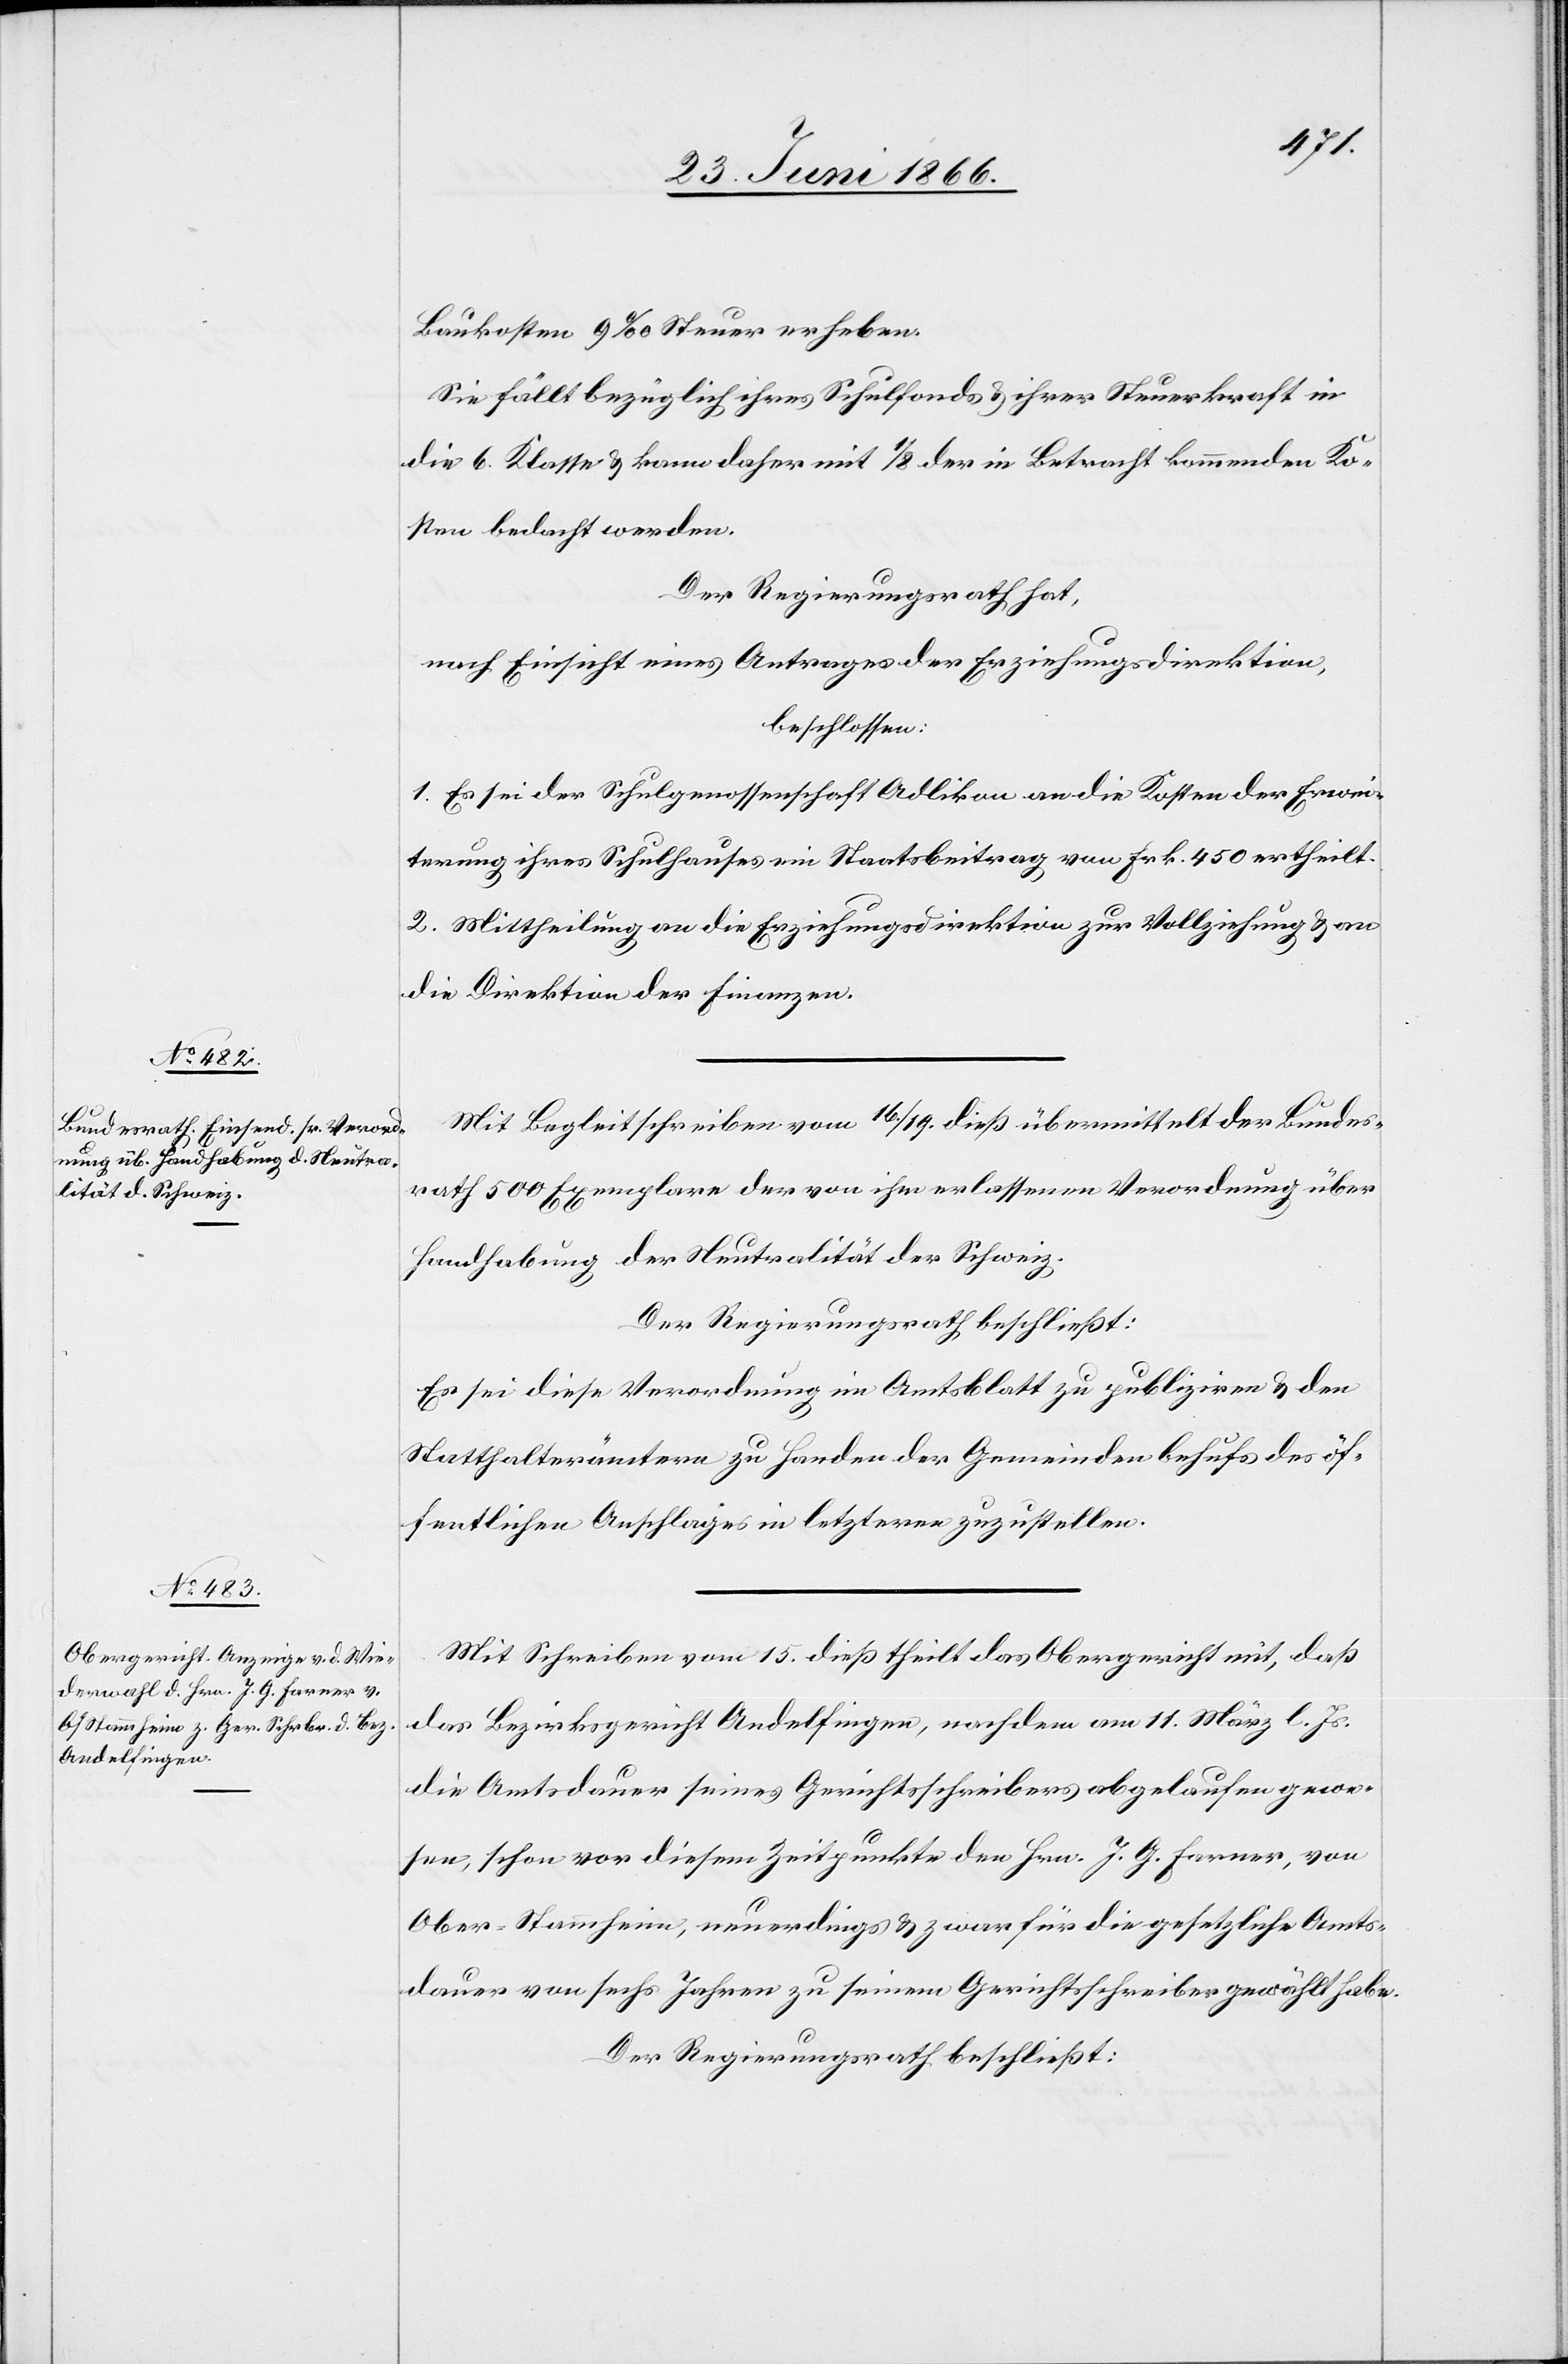
Baukosten 9 ‰ Steuer erheben.
Sie fällt bezüglich ihres Schulfonds u. ihrer Steuerkraft in
die 6. Klasse u. kann daher mit 1/8 der in Betracht kommenden Ko¬
sten bedacht werden.
Der Regierungsrath hat,
nach Einsicht eines Antrages der Erziehungsdirektion,
beschlossen:
1. Es sei der Schulgenossenschaft Adlikon an die Kosten der Erwei¬
terung ihres Schulhauses ein Staatsbeitrag von Frk. 450 ertheilt.
2. Mittheilung an die Erziehungsdirektion zur Vollziehung u. an
die Direktion der Finanzen.
Mit Begleitschreiben vom 16./19. dieß übermittelt der Bundes¬
rath 500 Exemplare der von ihm erlassenen Verordnung über
Handhabung der Neutralität der Schweiz.
Der Regierungsrath beschließt:
Es sei diese Verordnung im Amtsblatt zu publizieren u. den
Statthalterämtern zu Handen der Gemeinden behufs des öf¬
fentlichen Anschlages in letztern zuzustellen.
Mit Schreiben vom 15. dieß theilt das Obergericht mit, daß
das Bezirksgericht Andelfingen, nachdem am 11. März l. Js.
die Amtsdauer seines Gerichtsschreibers abgelaufen gewe¬
sen, schon vor diesem Zeitpunkte den Hrn. J. G. Farner, von
Ober-Stammheim, neuerdings u. zwar für die gesetzliche Amts¬
dauer von sechs Jahren zu seinem Gerichtsschreiber gewählt habe.
Der Regierungsrath beschließt: